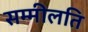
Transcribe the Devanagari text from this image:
सम्मीलति